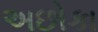
અછોકા